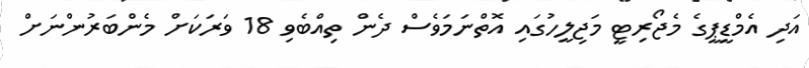
އަދި އެމްޑީޕީގެ މެޖޯރިޓީ މަޖިލީހުގައި އޮތްނަމަވެސް ދެން ތިއްބެވި 18 ވަރަކަށް މެންބަރުންނަށް